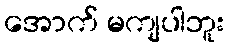
အောက် မကျပါဘူး